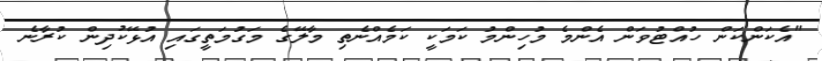
"އެކަންކަން ހުއްޓުވަން އެންމެ މުހިންމު ކަމަކީ ކަމެއްނެތި މާލޭގެ މަގުމަތީގައި އުޅޭކުދިން ކުރާނެ